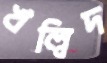
খল্বিদ